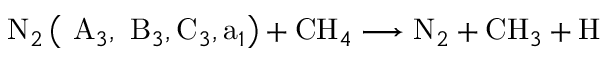
\mathrm { ~ N } _ { 2 } \left( \mathrm { ~ A } _ { 3 } , \mathrm { ~ B } _ { 3 } , \mathrm { C } _ { 3 } , \mathrm { a } _ { 1 } \right) + \mathrm { C H } _ { 4 } \longrightarrow \mathrm { N } _ { 2 } + \mathrm { C H } _ { 3 } + \mathrm { H }